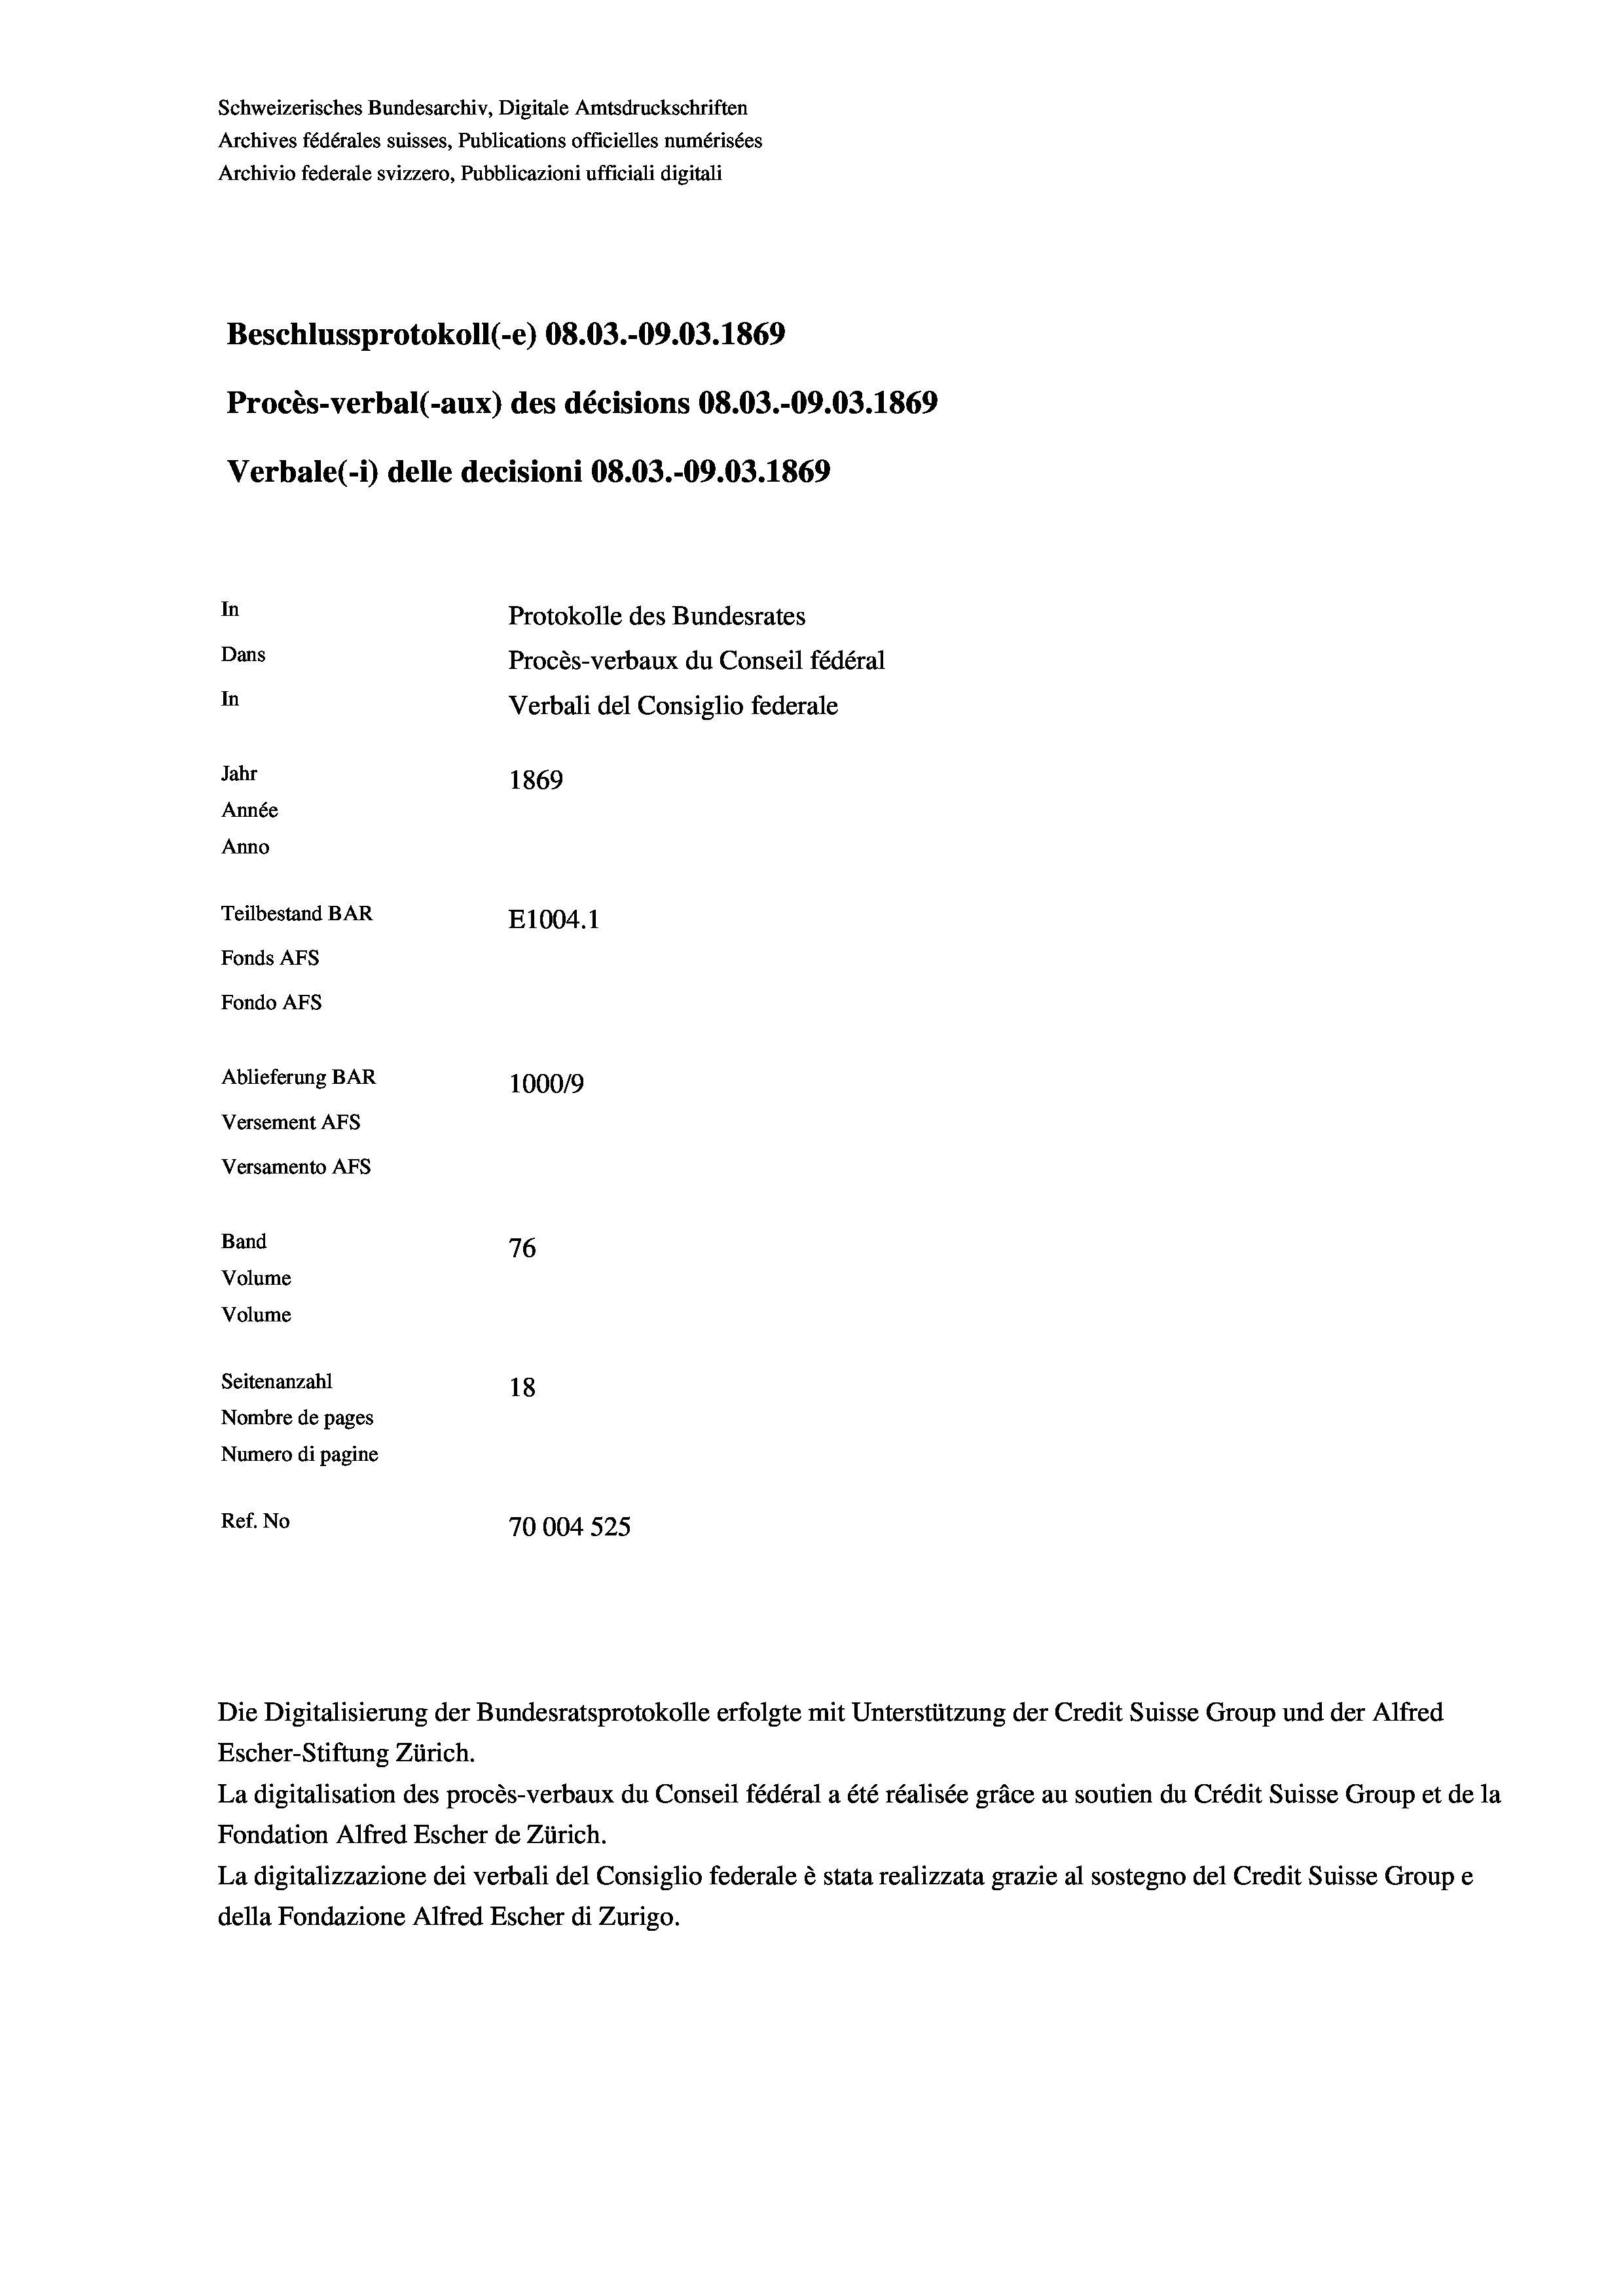
Schweizerisches Bundesarchiv, Digitale Amtsdruckschriften
Archives fédérales suisses, Publications officielles numérisées
Archivio federale svizzero, Pubblicazioni ufficiali digitali
Beschlussprotokoll (-e) 08.03.-09.03. 1869
Procès-verbal (-aux) des décisions 08.03.-09.03. 1869
Verbale (- 1) delle decisioni 08.03.-09.03. 1869
In
Protokolle des Bundesrates
Dans
Procès-verbaux du Conseil fédéral
In
Verbali del Consiglio federale
Jahr
1869
Année
Anno
Teilbestand BAR
E1004.1
Fonds AFs
Fondo AFS
Ablieferung BAR
100019
Versement AFs
Versamento AFs
Band
76
Volume
Volume
Seitenanzahl
18

Nombre de pages
Numero di pagine
Ref. No
70004 525

Escher-Stiftung Zürich.
La digitalisation des procès-verbaux du Conseil fédéral a été réalisée gräce au soutien du Crédit Suisse Group et de la
Fondation Alfred Escher de Zürich.
La digitalizzazione dei verbali del Consiglio federale è stata realizzata grazie al sostegno del Credit Suisse Groupe
della Fondazione Alfred Escher di Zurigo.

Die Digitalisierung der Bundesratsprotokolle erfolgte mit Unterstützung der Credit Suisse Group und der Alfred